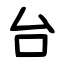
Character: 台